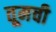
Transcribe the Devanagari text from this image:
तूमची